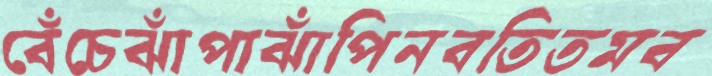
বেঁচেঝাঁপাঝাঁপিনবতিতমব